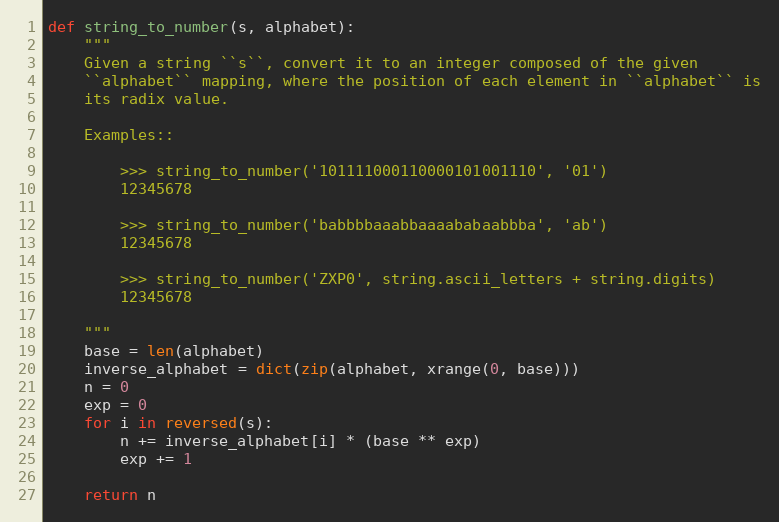
Language: Python
def string_to_number(s, alphabet):
    """
    Given a string ``s``, convert it to an integer composed of the given
    ``alphabet`` mapping, where the position of each element in ``alphabet`` is
    its radix value.

    Examples::

        >>> string_to_number('101111000110000101001110', '01')
        12345678

        >>> string_to_number('babbbbaaabbaaaababaabbba', 'ab')
        12345678

        >>> string_to_number('ZXP0', string.ascii_letters + string.digits)
        12345678

    """
    base = len(alphabet)
    inverse_alphabet = dict(zip(alphabet, xrange(0, base)))
    n = 0
    exp = 0
    for i in reversed(s):
        n += inverse_alphabet[i] * (base ** exp)
        exp += 1

    return n